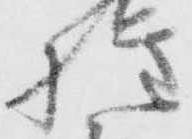
権